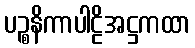
ပဉ္စနိကာပါဠိအဋ္ဌကထာ